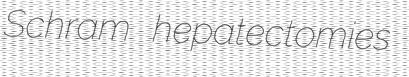
Schram hepatectomies